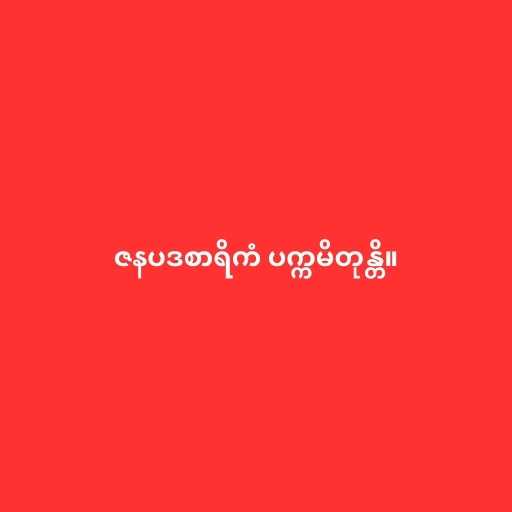
ဇနပဒစာရိကံ ပက္ကမိတုန္တိ။